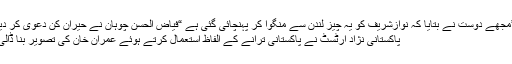
”مجھے دوست نے بتایا کہ نوازشریف کو یہ چیز لندن سے منگوا کر پہنچائی گئی ہے “فیاض الحسن چوہان نے حیران کن دعویٰ کر دیا
پاکستانی نژاد آرٹسٹ نے پاکستانی ترانے کے الفاظ استعمال کرتے ہوئے عمران خان کی تصویر بنا ڈالی۔